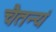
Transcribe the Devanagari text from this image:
चैतन्यं